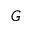
G